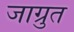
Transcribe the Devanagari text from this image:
जाग्रुत